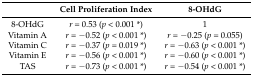
|  | Cell Proliferation Index | 8-OHdG |
 | --- | --- | --- |
 | 8-OHdG | r = 0.53 (p < 0.001*) | 1 |
 | Vitamin A | r = −0.52 (p < 0.001*) | r = −0.25 (p = 0.055) |
 | Vitamin C | r = −0.37 (p = 0.019*) | r = −0.63 (p < 0.001*) |
 | Vitamin E | r = −0.56 (p < 0.001*) | r = −0.60 (p < 0.001*) |
 | TAS | r = −0.73 (p < 0.001*) | r = −0.54 (p < 0.001*) |